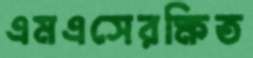
এমএসেরক্ষিত